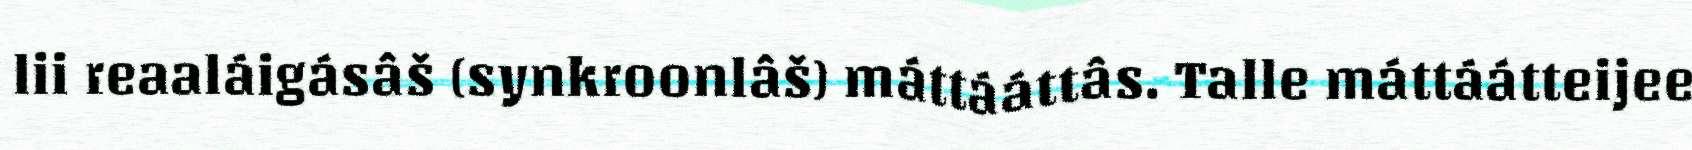
lii reaaláigásâš (synkroonlâš) máttááttâs. Talle máttáátteijee